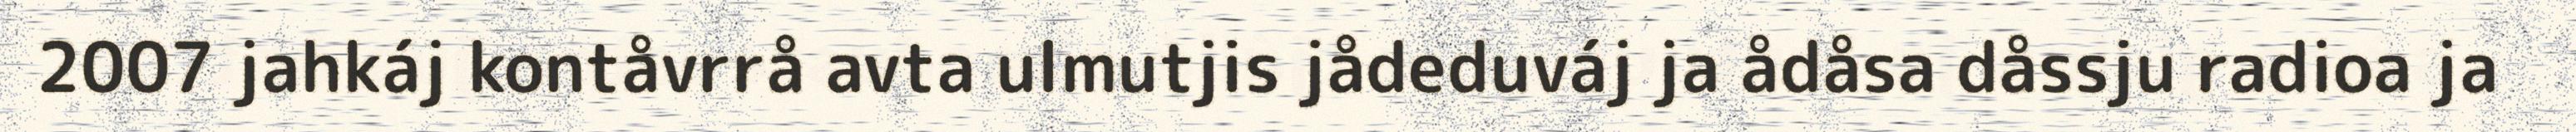
2007 jahkáj kontåvrrå avta ulmutjis jådeduváj ja ådåsa dåssju radioa ja